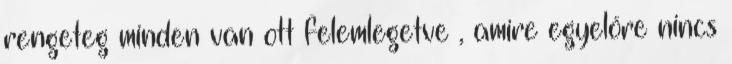
rengeteg minden van ott felemlegetve , amire egyelőre nincs